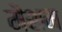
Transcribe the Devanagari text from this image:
मैशम